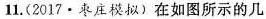
11.（2017·枣庄模拟）在如图哦所示的几